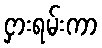
ငှားရမ်းကာ